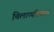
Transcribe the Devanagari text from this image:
चिलाप्पदिकरम